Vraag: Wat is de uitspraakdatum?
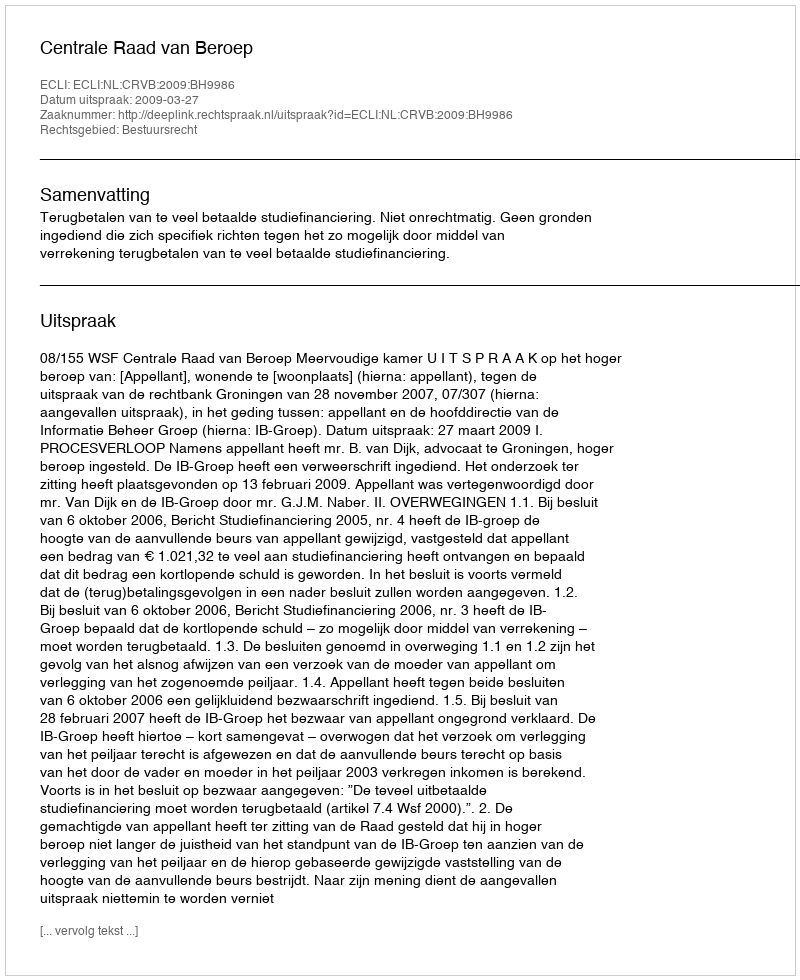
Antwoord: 2009-03-27